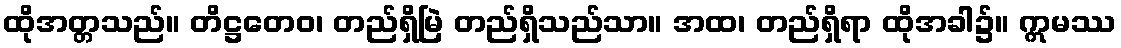
ထိုအတ္တသည်။ တိဋ္ဌတေဝ၊ တည်ရှိမြဲ တည်ရှိသည်သာ။ အထ၊ တည်ရှိရာ ထိုအခါ၌။ ဣမဿ